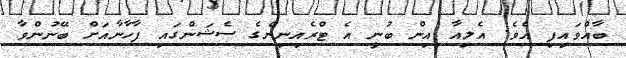
ބާއްވައިފި އެވެ. އެލިއާ އިން ބުނީ އެ ޓްރެއިނިންގެ ސެޝަންގައި ފާހާނާއަށް ބޭނުންވާ